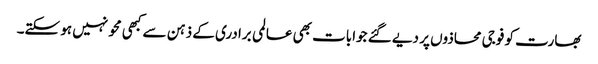
بھارت کو فوجی محاذوں پر دیے گئے جوابات بھی عالمی برادری کے ذہن سے کبھی محو نہیں ہو سکتے۔